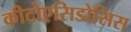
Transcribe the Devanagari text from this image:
कीटोएसिडोसिस